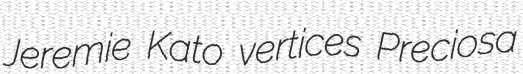
Jeremie Kato vertices Preciosa